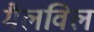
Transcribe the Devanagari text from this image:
मैलविल